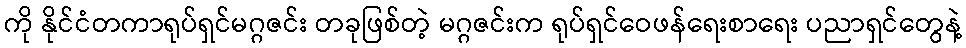
ကို နိုင်ငံတကာရုပ်ရှင်မဂ္ဂဇင်း တခုဖြစ်တဲ့ မဂ္ဂဇင်းက ရုပ်ရှင်ဝေဖန်ရေးစာရေး ပညာရှင်တွေနဲ့